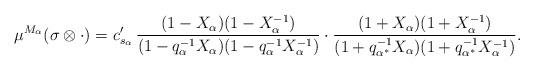
LaTeX: \begin{align*} \mu^{M_\alpha}(\sigma\otimes\cdot)=c_{s_{\alpha}}'\,\frac{(1-X_{\alpha})(1-X_{\alpha}^{-1})}{(1-q_{\alpha}^{-1}X_{\alpha})(1-q_{\alpha}^{-1}X_{\alpha}^{-1})}\cdot\frac{(1+X_{\alpha})(1+X_{\alpha}^{-1})}{(1+q_{\alpha^*}^{-1}X_{\alpha})(1+q_{\alpha^*}^{-1}X_{\alpha}^{-1})}.\end{align*}